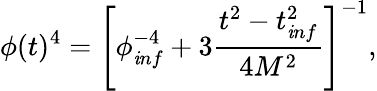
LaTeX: \phi(t)^{4}=\left[\phi_{\mathit inf}^{-4}+3\frac{t^{2}-t_{\mathit inf}^{2}}{4M^{2}}\right]^{-1},